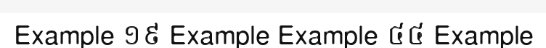
Example ១៩ Example Example ៤៤ Example